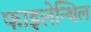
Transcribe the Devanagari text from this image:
फाइलेन्थिल